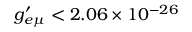
g _ { e \mu } ^ { \prime } < 2 . 0 6 \times 1 0 ^ { - 2 6 }